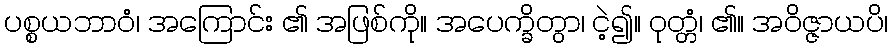
ပစ္စယဘာဝံ၊ အကြောင်း ၏ အဖြစ်ကို။ အပေက္ခိတွာ၊ ငဲ့၍။ ဝုတ္တံ၊ ၏။ အဝိဇ္ဇာယပိ၊